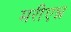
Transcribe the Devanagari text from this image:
मरीएन्न